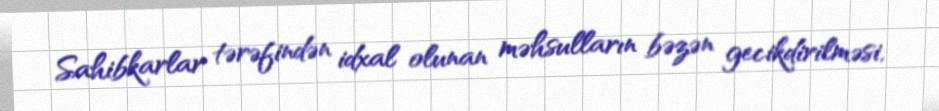
Sahibkarlar tərəfindən idxal olunan məhsulların bəzən gecikdirilməsi,